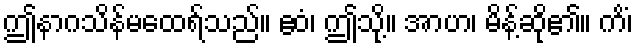
ဤနာဂသိန်မထေရ်သည်။ ဧဝံ၊ ဤသို့။ အာဟ၊ မိန့်ဆို၏။ ကိံ၊